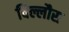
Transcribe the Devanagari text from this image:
विल्लौस